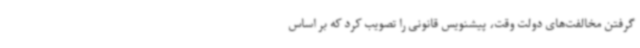
گرفتن مخالفت‌های دولت وقت، پیشنویس قانونی را تصویب کرد که بر اساس